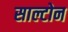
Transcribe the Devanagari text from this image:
साल्टोन